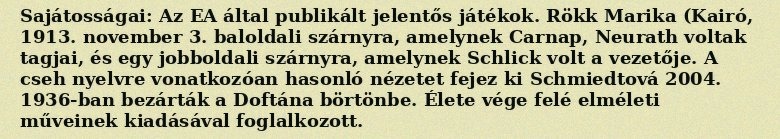
Sajátosságai: Az EA által publikált jelentős játékok. Rökk Marika (Kairó, 1913. november 3. baloldali szárnyra, amelynek Carnap, Neurath voltak tagjai, és egy jobboldali szárnyra, amelynek Schlick volt a vezetője. A cseh nyelvre vonatkozóan hasonló nézetet fejez ki Schmiedtová 2004. 1936-ban bezárták a Doftána börtönbe. Élete vége felé elméleti műveinek kiadásával foglalkozott.